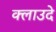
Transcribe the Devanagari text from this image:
क्लाउदे